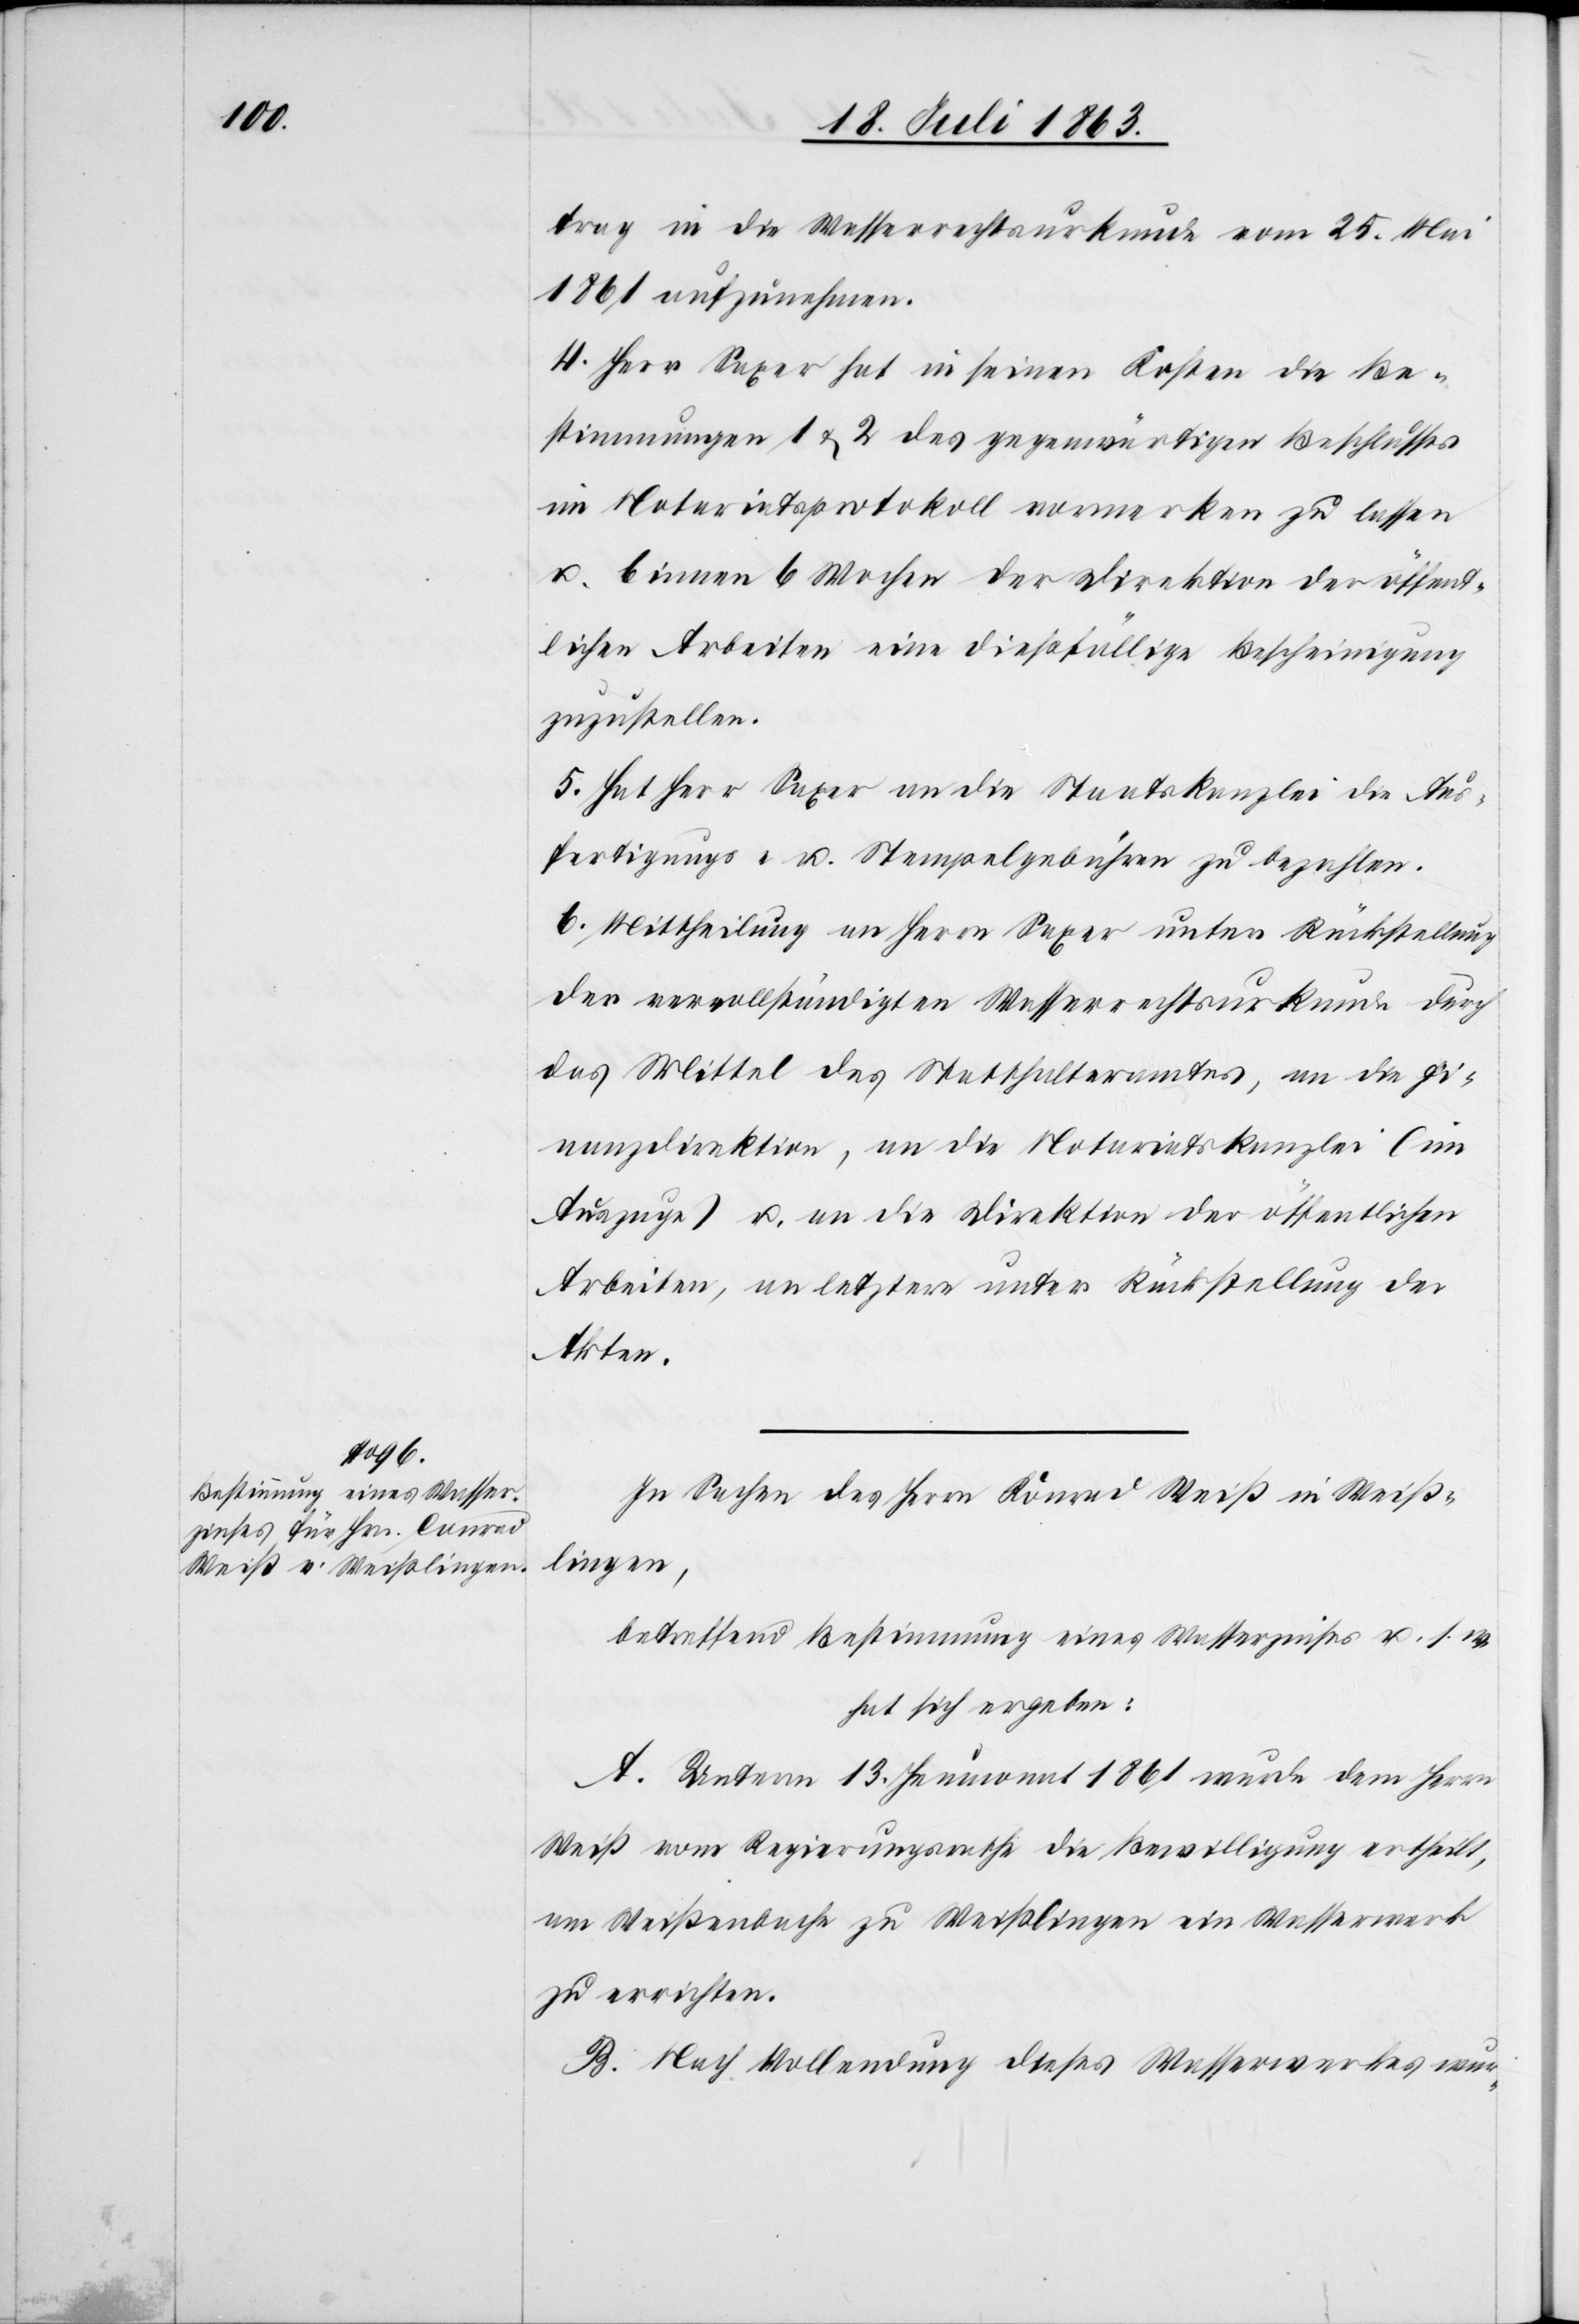
trag in die Wasserrechtsurkunde vom 25. Mai
1861 aufzunehmen.
4. Herr Saxer hat in seinen Kosten die Be¬
stimmungen 1 & 2 des gegenwärtigen Beschlusses
im Notariatsprotokoll vormerken zu lassen
u. binnen 6 Wochen der Direktion der öffent¬
lichen Arbeiten eine dießfällige Bescheinigung
zuzustellen.
5. Hat Herr Saxer an die Staatskanzlei die Aus¬
fertigungs- u. Stempelgebühren zu bezahlen.
6. Mittheilung an Herrn Saxer unter Rückstellung
der vervollständigten Wasserrechtsurkunde durch
das Mittel des Statthalteramtes, an die Fi¬
nanzdirektion, an die Notariatskanzlei (im
Auszuge) u. an die Direktion der öffentlichen
Arbeiten, an letztere unter Rückstellung der
Akten.
In Sachen des Herrn Konrad Weiß in Weiß¬
lingen,
betreffend Bestimmung eines Wasserzinses u. s. w.
hat sich ergeben:
A. Unterm 13. Heumonat 1861 wurde dem Herrn
Weiß vom Regierungsrathe die Bewilligung ertheilt,
am Weißenbache zu Weißlingen ein Wasserwerk
zu errichten.
B. Nach Vollendung dieses Wasserwerkes wur-